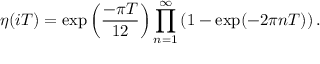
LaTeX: \eta ( i T ) = \exp \left( \frac { - \pi T } { 1 2 } \right) \prod _ { n = 1 } ^ { \infty } \left( 1 - \exp ( - 2 \pi n T ) \right) .